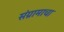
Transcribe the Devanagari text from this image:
संग्रामाचा